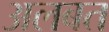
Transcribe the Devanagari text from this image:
अलबत